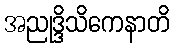
အညုဒ္ဒိသိကေနာတိ